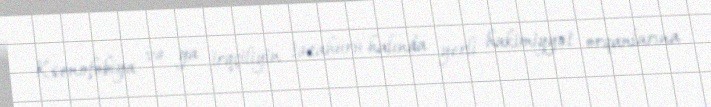
Ksenofobiya və ya irqçiliyin təzahürü halında yerli hakimiyyət orqanlarına